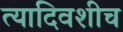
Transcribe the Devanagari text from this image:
त्यादिवशीच